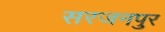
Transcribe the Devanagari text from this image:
सरजनपुर